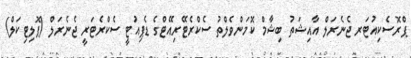
ޕްރޮސެކިއުޓަރ ޖެނެރަލް އާއިޝަތު ބިޝާމް ކޮމަންވެލްތު ސެކްރެޓޭރިއޭޓްގެ ޑެޕިއުޓީ ސެކްރެޓަރީ ޖެނެރަލް (ޕޮލިޓިކަލް)